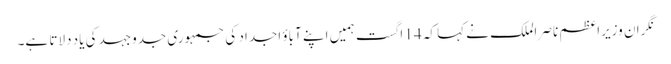
نگران وزیراعظم ناصر الملک نے کہا کہ 14 اگست ہمیں اپنے آباؤ اجداد کی جمہوری جدوجہد کی یاد دلاتا ہے۔